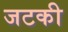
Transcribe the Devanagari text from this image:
जटकी